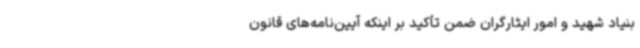
بنیاد شهید و امور ایثارگران ضمن تأکید بر اینکه آیین‌نامه‌های قانون